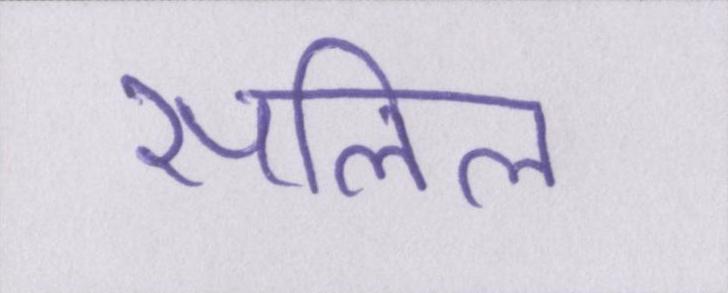
सलिल